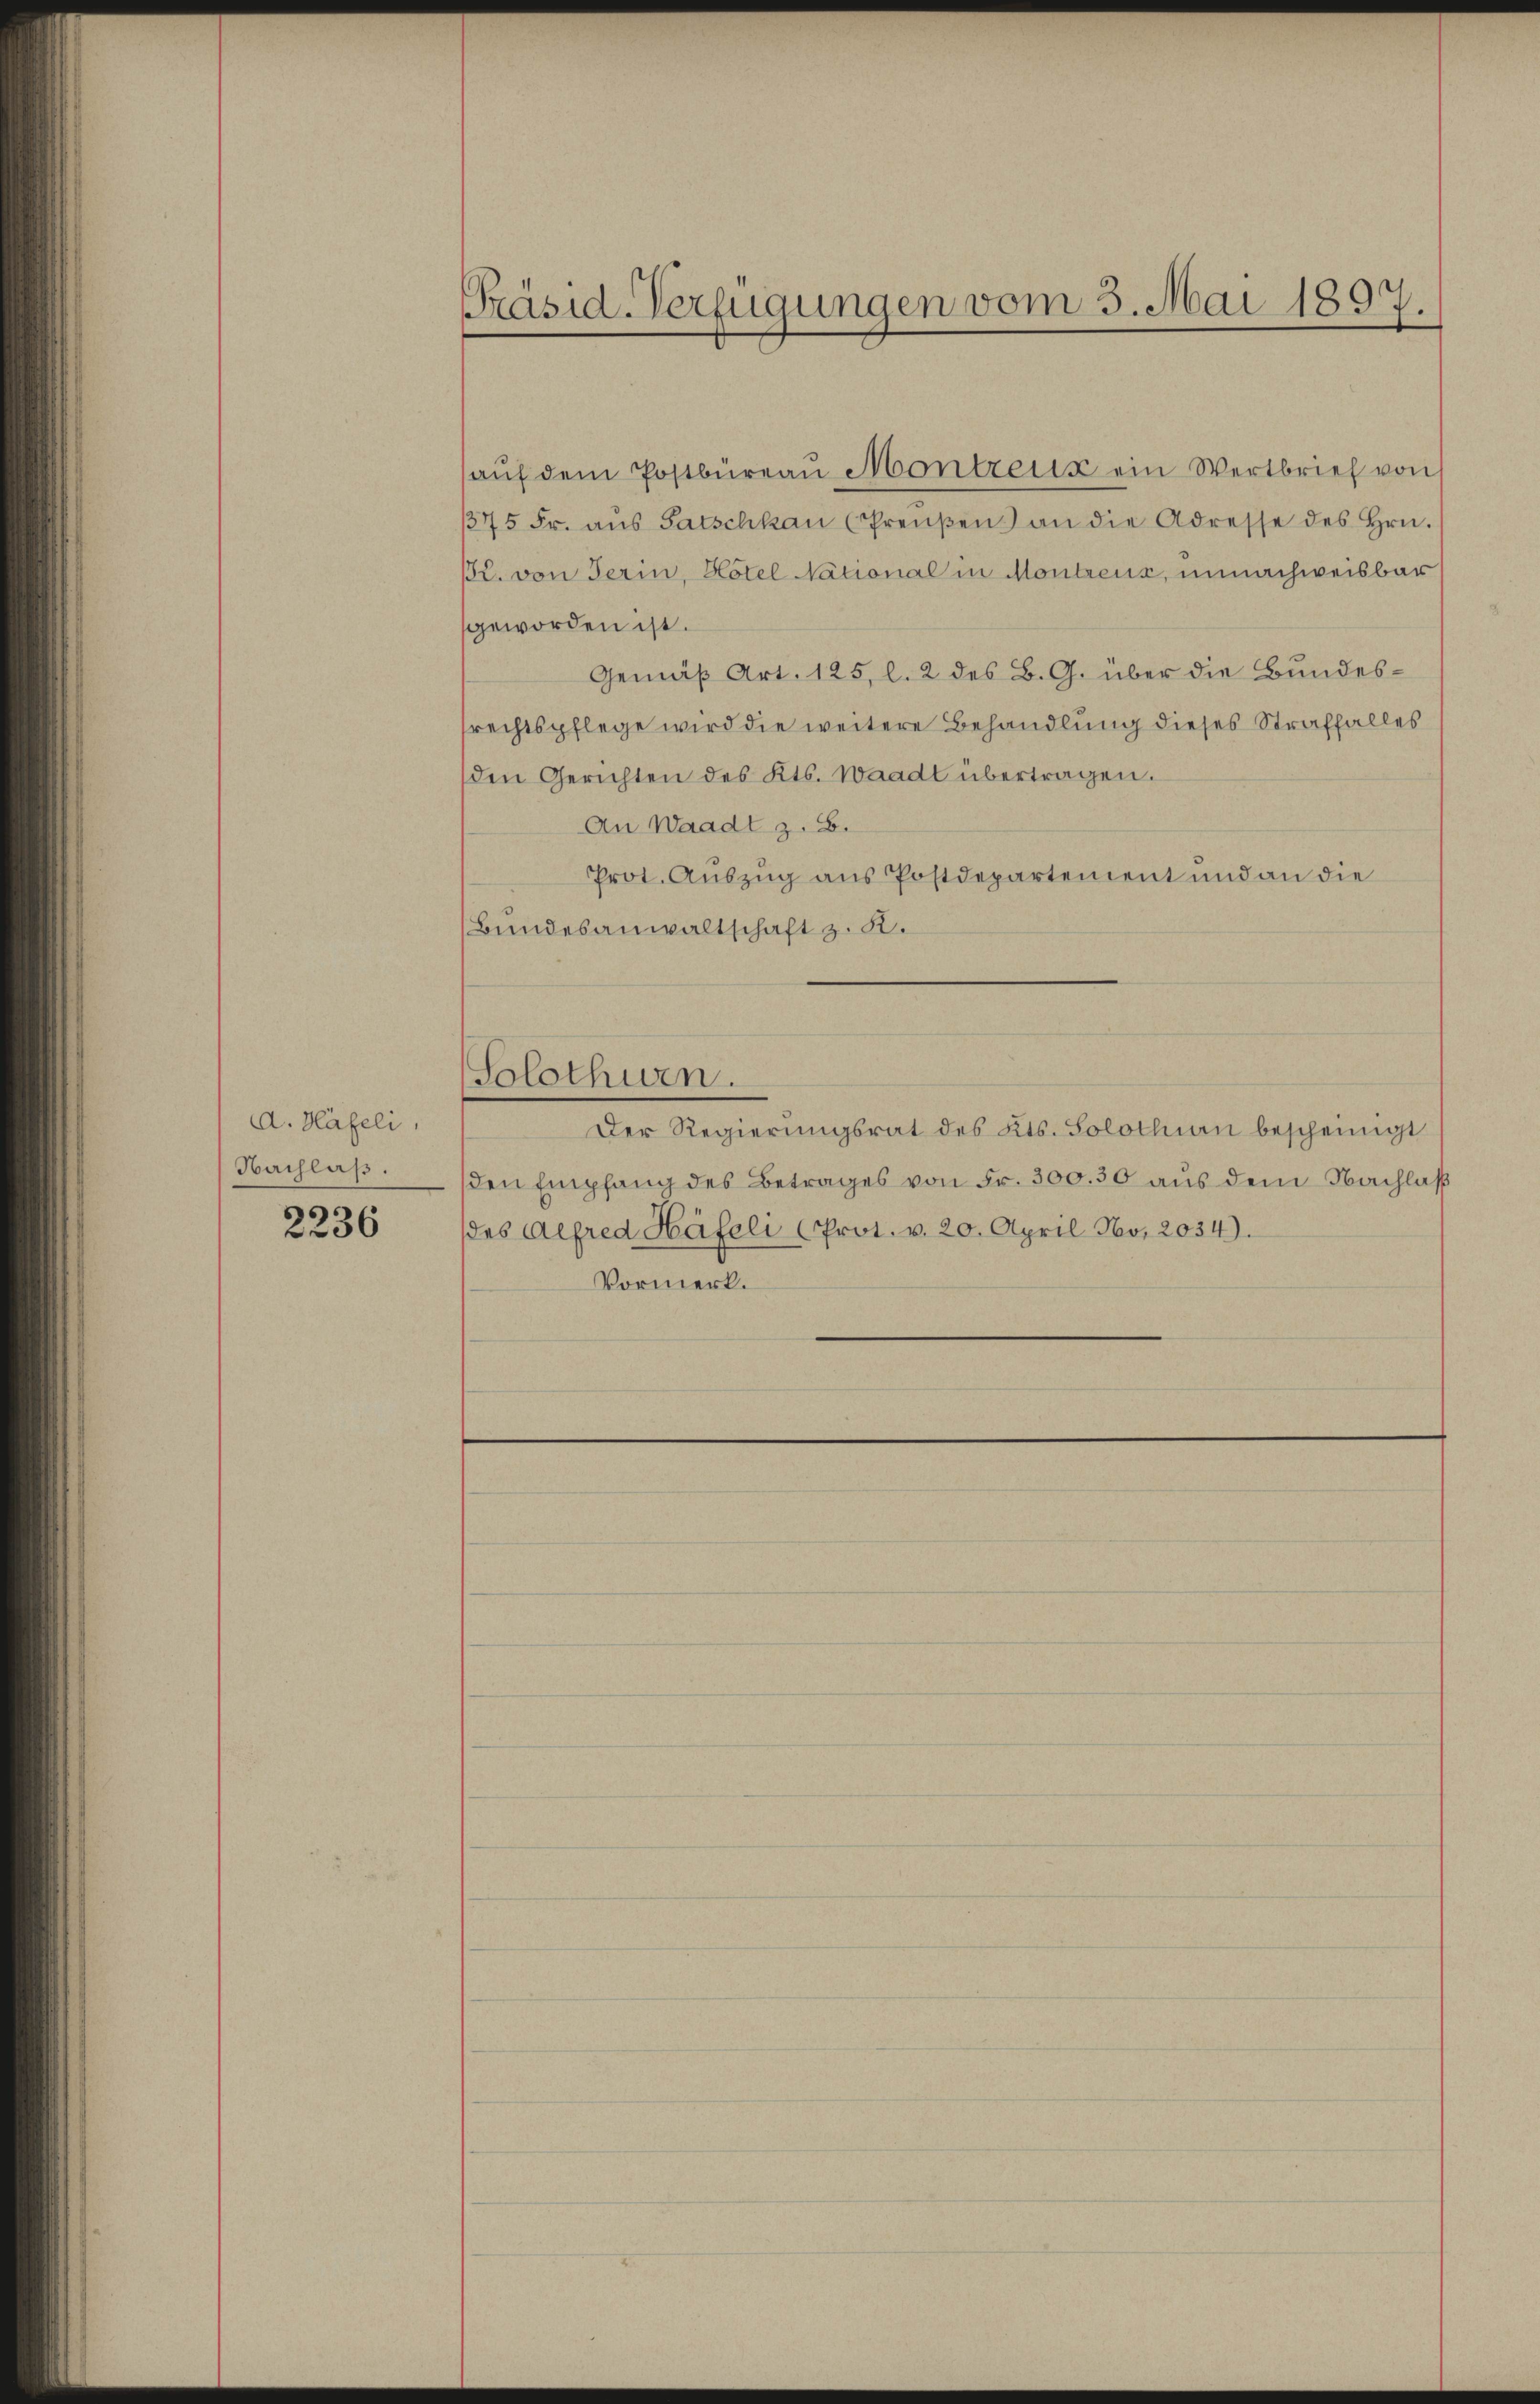
d. Häfeli,
Nachlaß.

2236

Präsid-Verfügungen vom 3. Mai 1897.

aŭf dem Postbüreau Montretik ein Wertbrief von 1
375 Fr. aŭs Patschkan (Preŭβen an die Adresse des Hrn.
r. von Serin, Hotel National in Montreus, unnachweisbar
geworden ist.
Gemäß Art. 125, l. 2 des B. G. über die Bundessrechtspflege wird die weitere Behandlung dieses Straffalles
den Gerichten des Kts. Waadt übertragen.
An Waadt z. B.
Prot. Auszug aus Postdepartement und an die
Bundesanwaltschaft z. B.
Solothurn.
Der Regierungsrat des Kts. Solothin bescheinigt
den Empfang des Betrages von Fr. 300.50 aus dem Nachlaß
des Alfred Häfeli Prot. v. 20. April No. 2034).
Vormerk.